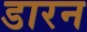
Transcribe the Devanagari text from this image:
डारन